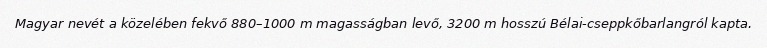
Magyar nevét a közelében fekvő 880–1000 m magasságban levő, 3200 m hosszú Bélai-cseppkőbarlangról kapta.